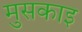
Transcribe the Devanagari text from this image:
मुसकाइ